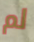
لم